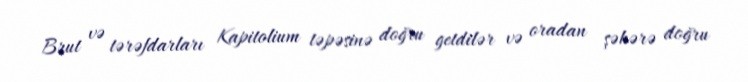
Brut və tərəfdarları Kapitolium təpəsinə doğru getdilər və oradan şəhərə doğru